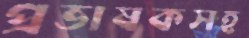
প্রভাষকসহ